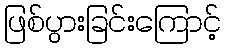
ဖြစ်ပွားခြင်းကြောင့်